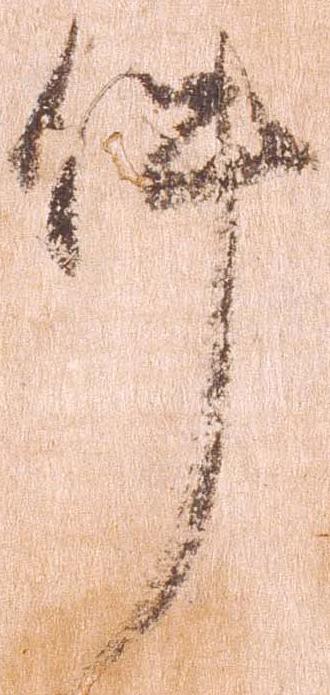
件